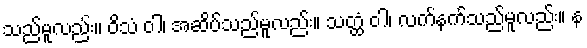
သည်မူလည်း။ ဝိသံ ဝါ၊ အဆိပ်သည်မူလည်း။ သတ္ထံ ဝါ၊ လက်နက်သည်မူလည်း။ န